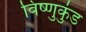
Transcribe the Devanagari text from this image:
विष्णुकुंड